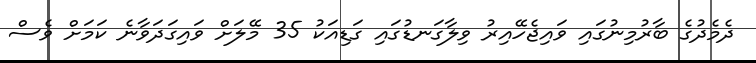
ދެމެދުގެ ބާރުމިނުގައި ވައިޖެހޭއިރު ވިލާގަނޑުގައި ގަޑިއަކު 35 މޭލަށް ވައިގަދަވާނެ ކަމަށް ވެސް